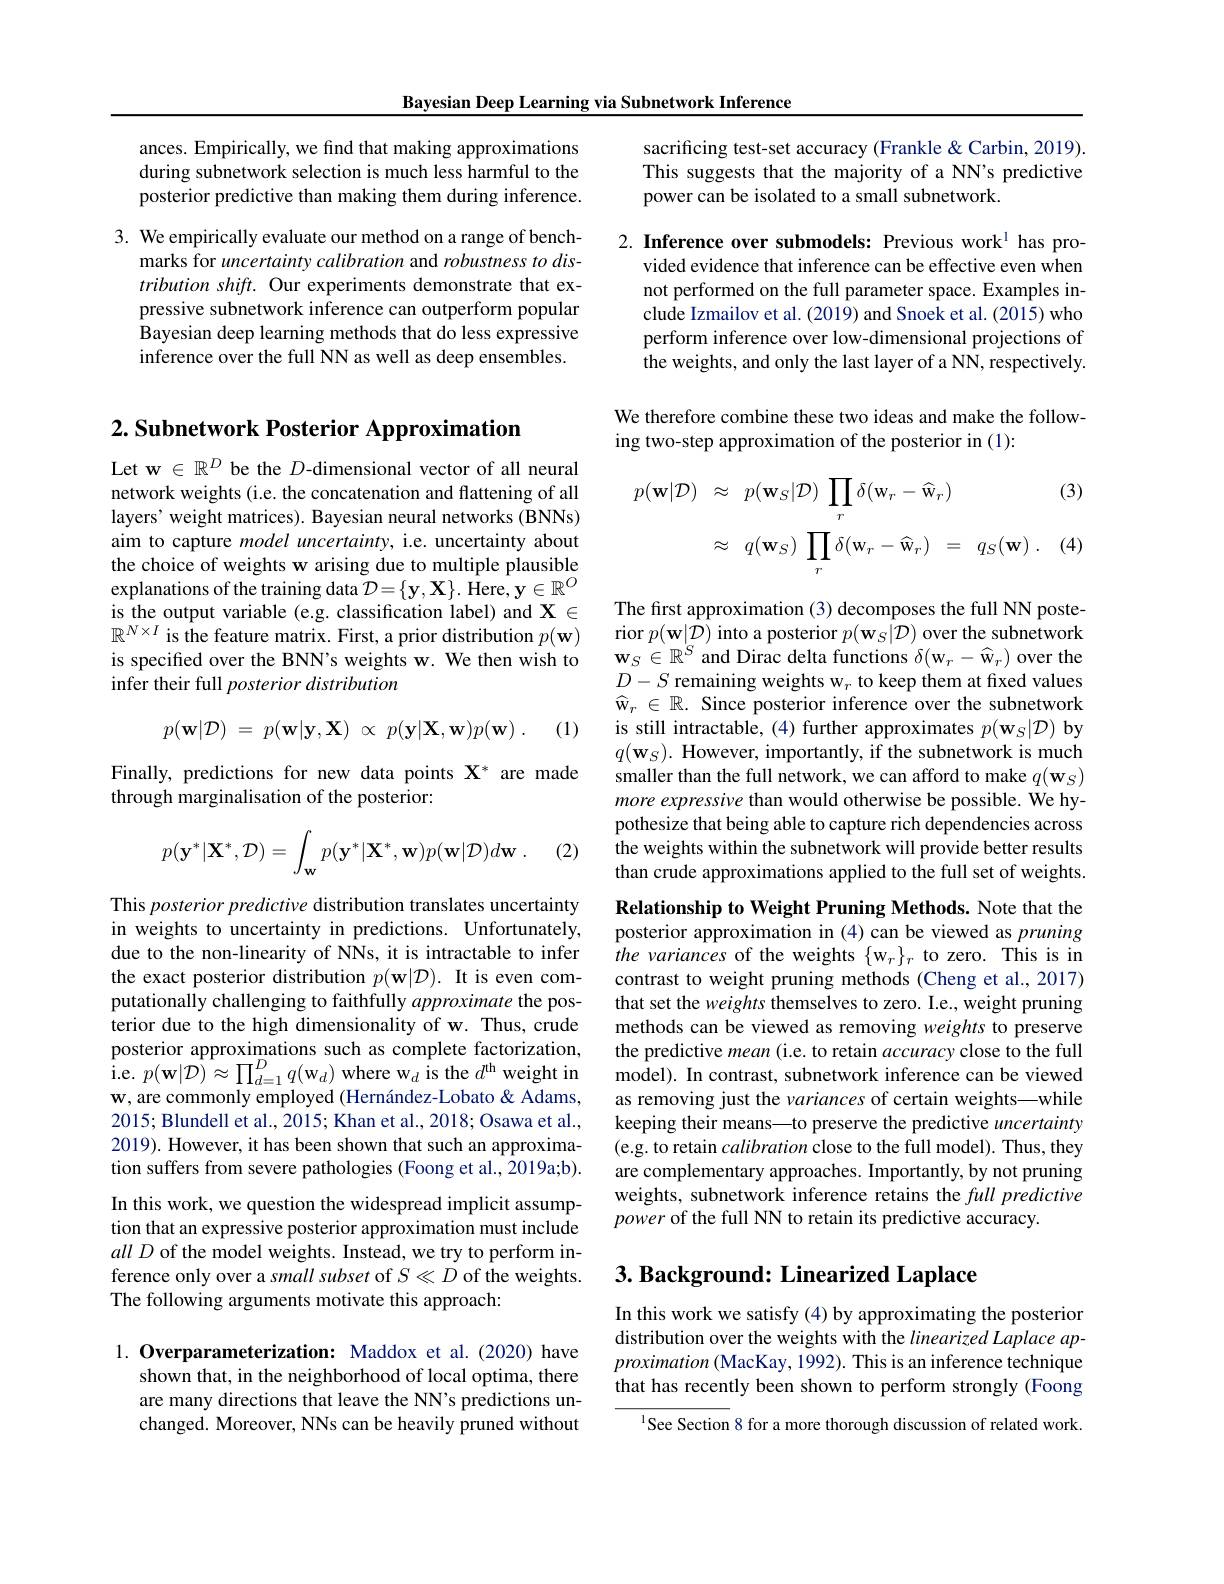
Bayesian Deep Learning via Subnetwork Inference

ances. Empirically, we find that making approximations during subnetwork selection is much less harmful to the posterior predictive than making them during inference.

3. We empirically evaluate our method on a range of bench-
marks for uncertainty calibration and robustness to distribution shift. Our experiments demonstrate that expressive subnetwork inference can outperform popular Bayesian deep learning methods that do less expressive inference over the full NN as well as deep ensembles.

$2. \textbf{Subnetwork Posterior Approximation}$

Let w $\in\mathbb{R}^D$ be the $D$-dimensional vector of all neural network weights (i.e. the concatenation and flattening of all layers' weight matrices). Bayesian neural networks (BNNs) aim to capture model uncertainty, i.e. uncertainty about the choice of weights w arising due to multiple plausible explanations of the training data $\mathcal{D}=\{\mathbf{y},\mathbf{X}\}.$ Here, $\mathbf{y}\in\mathbb{R}^O$ is the output variable (e.g. classification label) and $\mathbf{X}\in$ $\mathbb{R}^{N\times I}$ is the feature matrix. First, a prior distribution $p(\mathbf{w})$ is specified over the BNN's weights w. We then wish to infer their full posterior distribution
$$p(\mathbf{w}|\mathcal{D})\:=\:p(\mathbf{w}|\mathbf{y},\mathbf{X})\:\propto\:p(\mathbf{y}|\mathbf{X},\mathbf{w})p(\mathbf{w})\:.$$
(1)

Finally, predictions for new data points $\mathbf{X}^*$ are made
through marginalisation of the posterior:

(2)
$$p(\mathbf{y}^*|\mathbf{X}^*,\mathcal{D})=\int_\mathbf{w}p(\mathbf{y}^*|\mathbf{X}^*,\mathbf{w})p(\mathbf{w}|\mathcal{D})d\mathbf{w}\:.$$
This posterior predictive distribution translates uncertainty in weights to uncertainty in predictions. Unfortunately, due to the non-linearity of NNs, it is intractable to infer the exact posterior distribution $p( \mathbf{w} | \mathcal{D} ) . \textbf{It is even com- }$ putationally challenging to faithfully approximate the posterior due to the high dimensionality of w. Thus, crude posterior approximations such as complete factorization, $\hat{ı }$. e. $p( w| \mathcal{D} ) \approx \prod _d= 1^{D}q( \mathbf{w} _{d})$ where w$_d$ is the $d^\mathrm{th}$ weight in $\mathbf{w}$, are commonly employed (Hernández-Lobato & Adams, 2015; Blundell et al., 2015; Khan et al., 2018; Osawa et al., 2019). However, it has been shown that such an approximation suffers from severe pathologies (Foong et al., 2019a;b). In this work, we question the widespread implicit assumption that an expressive posterior approximation must include allD of the model weights. Instead, we try to perform inference only over a small subset of $S\ll D$ of the weights. The following arguments motivate this approach:

1. Overparameterization: Maddox et al.(2020) have
shown that, in the neighborhood of local optima, there are many directions that leave the NN's predictions unchanged. Moreover, NNs can be heavily pruned without

sacrificing test-set accuracy (Frankle &Carbin, 2019). This suggests that the majority of a NN's predictive power can be isolated to a small subnetwork.

2. Inference over submodels: Previous work$^{1}$ has pro-
vided evidence that inference can be effective even when not performed on the full parameter space. Examples include Izmailov et al. (2019) and Snoek et al. (2015) who perform inference over low-dimensional projections of the weights, and only the last layer of a NN, respectively.

We therefore combine these two ideas and make the follow-
ing two-step approximation of the posterior in (1):

(3)
$$\begin{aligned}p(\mathbf{w}|\mathcal{D})&\approx\:p(\mathbf{w}_{S}|\mathcal{D})\:\prod_{r}\delta(\mathbf{w}_{r}-\widehat{\mathbf{w}}_{r})\\&\approx\:q(\mathbf{w}_{S})\:\prod_{r}\delta(\mathbf{w}_{r}-\widehat{\mathbf{w}}_{r})\:=\:q_{S}(\mathbf{w})\:.\end{aligned}$$
(4

The first approximation (3) decomposes the full NN posterior $p(\mathbf{w}|\mathcal{D})$ into a posterior $p(\mathbf{w}_S|\mathcal{D})$ over the subnetwork $\mathbf{w}_S\in\mathbb{R}^S$ and Dirac delta functions $\delta(\mathbf{w}_r-\widehat{\mathbf{w}}_r)$ over the $D-S$ remaining weights w$_r$ to keep them at fixed values $\widehat{\mathrm{w} } _r\in \mathbb{R} .$ Since posterior inference over the subnetwork is still intractable, (4) further approximates $p(\mathbf{w}_S|\mathcal{D})$ by $q(\mathbf{w}_S).$ However, importantly, if the subnetwork is much smaller than the full network, we can afford to make $q(\mathbf{w}_S)$ more expressive than would otherwise be possible. We hypothesize that being able to capture rich dependencies across the weights within the subnetwork will provide better results than crude approximations applied to the full set of weights.

Relationship to Weight Pruning Methods. Note that the posterior approximation in (4) can be viewed as pruning the variances of the weights $\{\mathrm{w}_{r}\}_{r}$ to zero. This is in contrast to weight pruning methods (Cheng et al., 2017) that set the weights themselves to zero. I.e., weight pruning methods can be viewed as removing weights to preserve the predictive mean (i.e. to retain accuracy close to the full model). In contrast, subnetwork inference can be viewed as removing just the variances of certain weights—while keeping their means—to preserve the predictive uncertainty (e.g. to retain calibration close to the full model). Thus, they are complementary approaches. Importantly, by not pruning weights, subnetwork inference retains the full predictive power of the full NN to retain its predictive accuracy.

# $3. \textbf{ Background: Linearized Laplace}$

In this work we satisfy (4) by approximating the posterior distribution over the weights with the linearized Laplace ap- $proximation\left(\mathrm{MacKay,1992).~This~is~an~inference~technique}\right)$ that has recently been shown to perform strongly (Foong

See Section 8 for a more thorough discussion of related work.